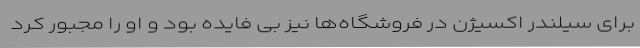
برای سیلندر اکسیژن در فروشگاه‌ها نیز بی فایده بود و او را مجبور کرد